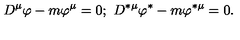
D ^ { \mu } \varphi - m \varphi ^ { \mu } = 0 ; \ D ^ { \ast \mu } \varphi ^ { \ast } - m \varphi ^ { \ast \mu } = 0 .